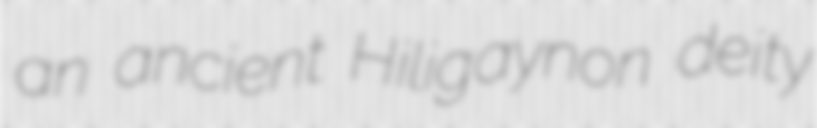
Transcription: an ancient Hiligaynon deity